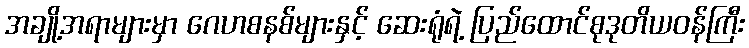
အချို့အရာများမှာ ဂေဟစနစ်များနှင့် ဆေးရုံရဲ့ ပြည်ထောင်စုဒုတိယဝန်ကြီး